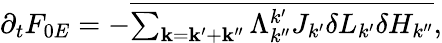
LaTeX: \begin{array}{r}{\partial_{t}F_{0E}=-\overline{{\sum_{\mathbf{k}=\mathbf{k^{\prime}}+\mathbf{k^{\prime\prime}}}\Lambda_{k^{\prime\prime}}^{k^{\prime}}J_{k^{\prime}}\delta L_{k^{\prime}}\delta H_{k^{\prime\prime}}}},}\end{array}